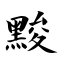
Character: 黢